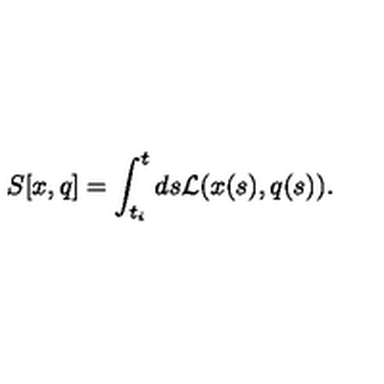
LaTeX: S [ x , q ] = \int _ { t _ { i } } ^ { t } d s { \cal L } ( x ( s ) , q ( s ) ) .